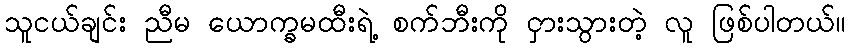
သူငယ်ချင်း ညီမ ယောက္ခမထီးရဲ့ စက်ဘီးကို ငှားသွားတဲ့ လူ ဖြစ်ပါတယ်။